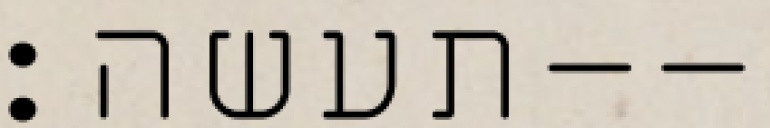
תעשה׃--